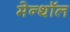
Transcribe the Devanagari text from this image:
मेन्थॉल